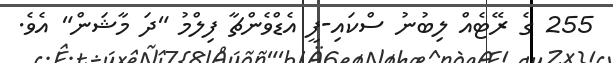
255 ގެ ރޭޓެއް ލިބުނު ސްކައި-ފީ އެޑްވެންޗާ ފިލްމު "ދަ މާޝަން" އެވެ.